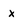
Character: x